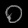
Digit: ၀